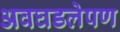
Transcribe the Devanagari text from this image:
अवघडलेपण